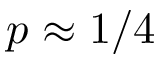
p \approx 1 / 4